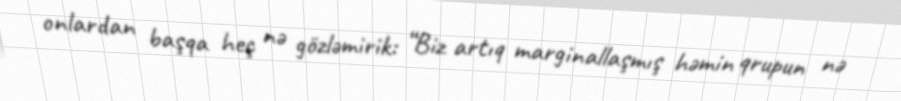
onlardan başqa heç nə gözləmirik: “Biz artıq marginallaşmış həmin qrupun nə